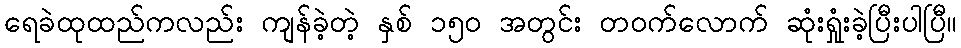
ရေခဲထုထည်ကလည်း ကျန်ခဲ့တဲ့ နှစ် ၁၅၀ အတွင်း တဝက်လောက် ဆုံးရှုံးခဲ့ပြီးပါပြီ။